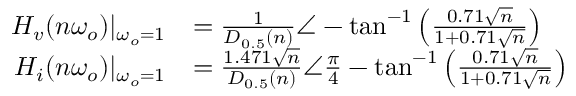
\begin{array} { r l } { H _ { v } ( n \omega _ { o } ) | _ { \omega _ { o } = 1 } } & { = \frac { 1 } { D _ { 0 . 5 } ( n ) } \angle - \tan ^ { - 1 } \left( \frac { 0 . 7 1 \sqrt { n } } { 1 + 0 . 7 1 \sqrt { n } } \right) } \\ { H _ { i } ( n \omega _ { o } ) | _ { \omega _ { o } = 1 } } & { = \frac { 1 . 4 7 1 \sqrt { n } } { D _ { 0 . 5 } ( n ) } \angle \frac { \pi } { 4 } - \tan ^ { - 1 } \left( \frac { 0 . 7 1 \sqrt { n } } { 1 + 0 . 7 1 \sqrt { n } } \right) } \end{array}